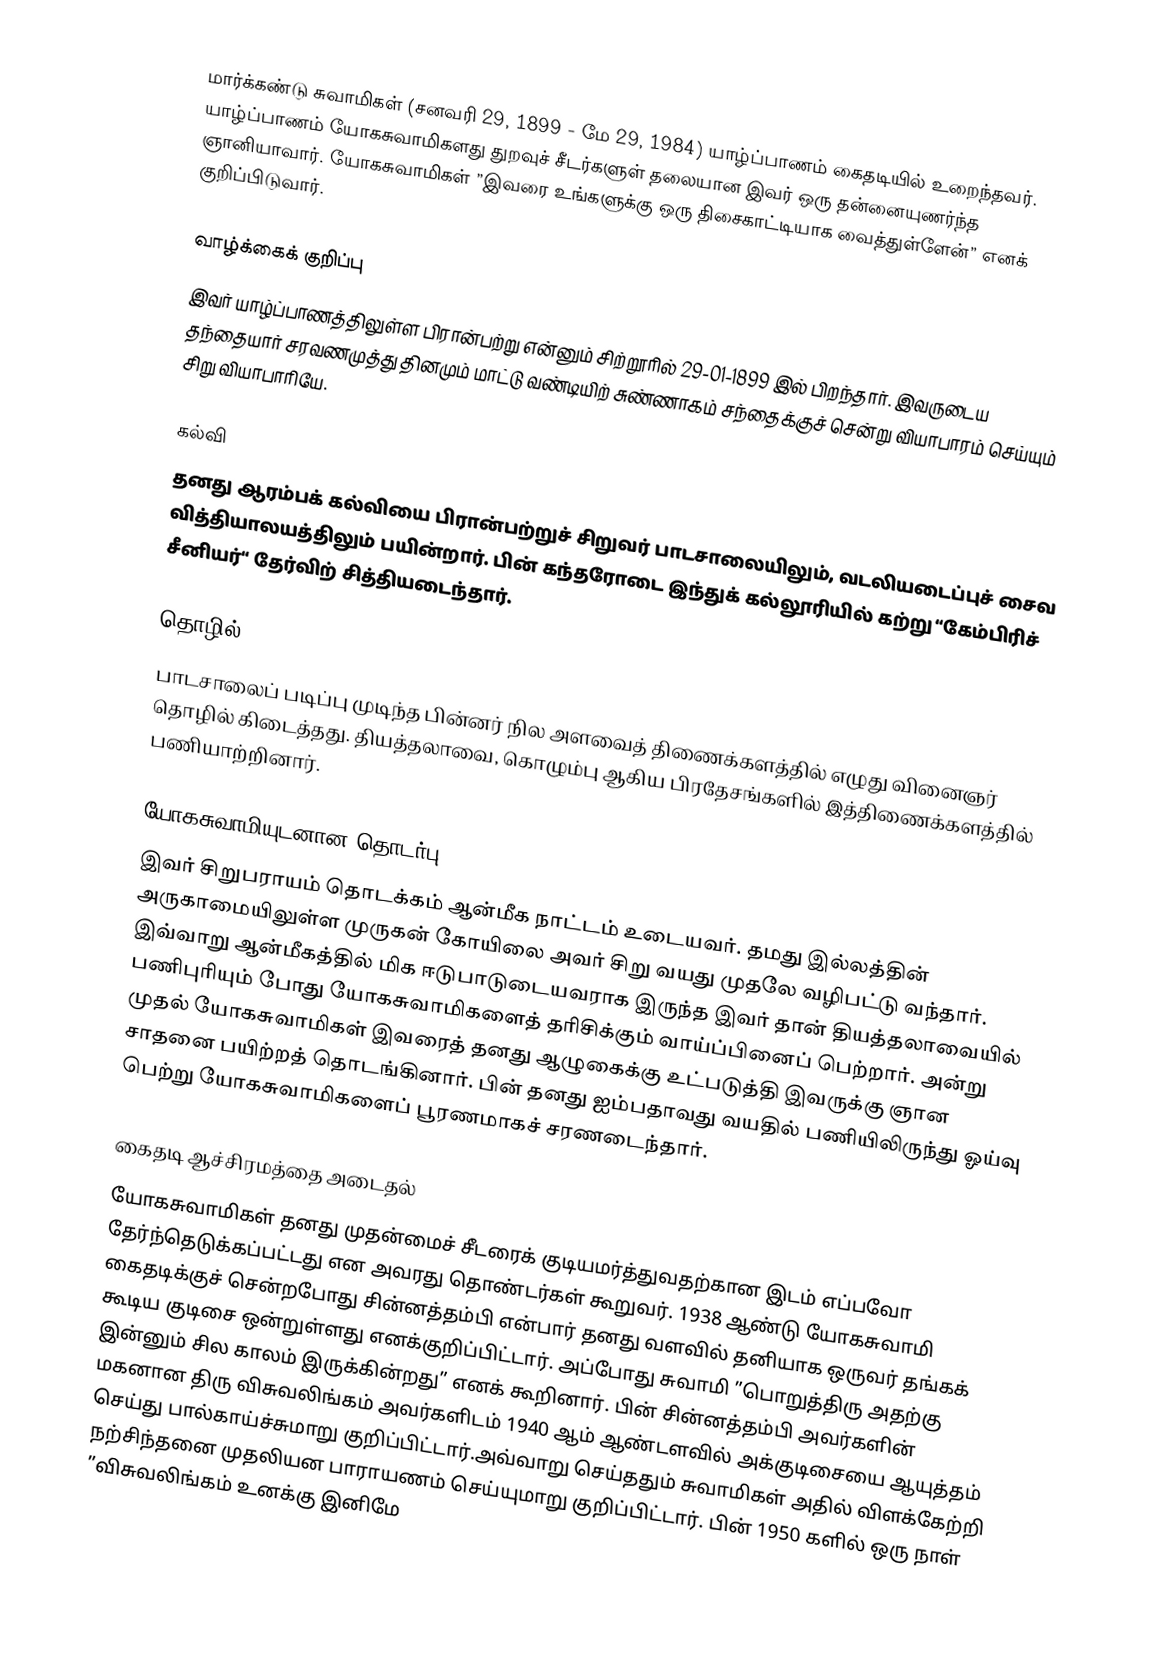
மார்க்கண்டு சுவாமிகள் (சனவரி 29, 1899 - மே 29, 1984) யாழ்ப்பாணம் கைதடியில் உறைந்தவர். யாழ்ப்பாணம் யோகசுவாமிகளது துறவுச் சீடர்களுள் தலையான இவர் ஒரு தன்னையுணர்ந்த ஞானியாவார். யோகசுவாமிகள் ”இவரை உங்களுக்கு ஒரு திசைகாட்டியாக வைத்துள்ளேன்” எனக் குறிப்பிடுவார்.

வாழ்க்கைக் குறிப்பு
இவர் யாழ்ப்பாணத்திலுள்ள பிரான்பற்று என்னும் சிற்றூரில் 29-01-1899 இல் பிறந்தார். இவருடைய தந்தையார் சரவணமுத்து தினமும் மாட்டு வண்டியிற் சுண்ணாகம் சந்தைக்குச் சென்று வியாபாரம் செய்யும் சிறு வியாபாரியே.

கல்வி
தனது ஆரம்பக் கல்வியை பிரான்பற்றுச் சிறுவர் பாடசாலையிலும், வடலியடைப்புச் சைவ வித்தியாலயத்திலும் பயின்றார். பின் கந்தரோடை இந்துக் கல்லூரியில் கற்று “கேம்பிரிச் சீனியர்“ தேர்விற் சித்தியடைந்தார்.

தொழில்
பாடசாலைப் படிப்பு முடிந்த பின்னர் நில அளவைத் திணைக்களத்தில் எழுது வினைஞர் தொழில் கிடைத்தது. தியத்தலாவை, கொழும்பு ஆகிய பிரதேசங்களில் இத்திணைக்களத்தில் பணியாற்றினார்.

யோகசுவாமியுடனான தொடர்பு
இவர் சிறுபராயம் தொடக்கம் ஆன்மீக நாட்டம் உடையவர். தமது இல்லத்தின் அருகாமையிலுள்ள முருகன் கோயிலை அவர் சிறு வயது முதலே வழிபட்டு வந்தார். இவ்வாறு ஆன்மீகத்தில் மிக ஈடுபாடுடையவராக இருந்த இவர் தான் தியத்தலாவையில் பணிபுரியும் போது யோகசுவாமிகளைத் தரிசிக்கும் வாய்ப்பினைப் பெற்றார். அன்று முதல் யோகசுவாமிகள் இவரைத் தனது ஆழுகைக்கு உட்படுத்தி இவருக்கு ஞான சாதனை பயிற்றத் தொடங்கினார். பின் தனது ஐம்பதாவது வயதில் பணியிலிருந்து ஓய்வு பெற்று யோகசுவாமிகளைப் பூரணமாகச் சரணடைந்தார்.

கைதடி ஆச்சிரமத்தை அடைதல்
யோகசுவாமிகள் தனது முதன்மைச் சீடரைக் குடியமர்த்துவதற்கான இடம் எப்பவோ தேர்ந்தெடுக்கப்பட்டது என அவரது தொண்டர்கள் கூறுவர். 1938 ஆண்டு யோகசுவாமி கைதடிக்குச் சென்றபோது சின்னத்தம்பி என்பார் தனது வளவில் தனியாக ஒருவர் தங்கக் கூடிய குடிசை ஒன்றுள்ளது எனக்குறிப்பிட்டார். அப்போது சுவாமி ”பொறுத்திரு அதற்கு இன்னும் சில காலம் இருக்கின்றது” எனக் கூறினார். பின் சின்னத்தம்பி அவர்களின் மகனான திரு விசுவலிங்கம் அவர்களிடம் 1940 ஆம் ஆண்டளவில் அக்குடிசையை ஆயுத்தம் செய்து பால்காய்ச்சுமாறு குறிப்பிட்டார்.அவ்வாறு செய்ததும் சுவாமிகள் அதில் விளக்கேற்றி நற்சிந்தனை முதலியன பாராயணம் செய்யுமாறு குறிப்பிட்டார். பின் 1950 களில் ஒரு நாள் ”விசுவலிங்கம் உனக்கு இனிமே